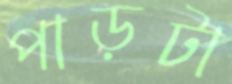
পাড়টা